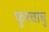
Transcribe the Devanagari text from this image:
फुरचाचु